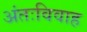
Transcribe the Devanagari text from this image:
अंतःविवाह